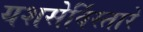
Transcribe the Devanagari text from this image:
यशसेर्विस्तारे